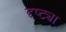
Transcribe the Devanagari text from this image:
दृष्‍ट्या